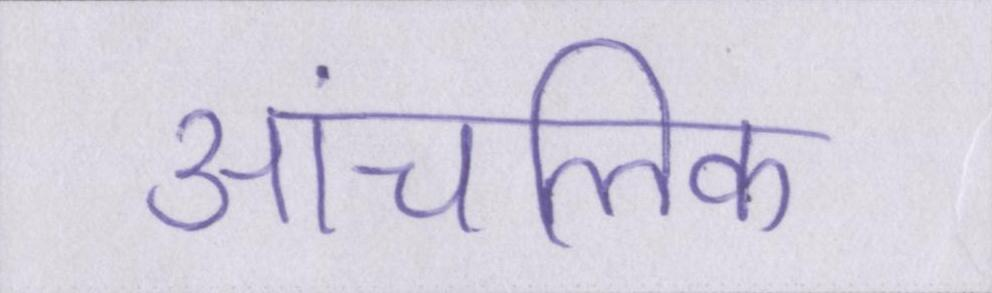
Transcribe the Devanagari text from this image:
आंचलिक